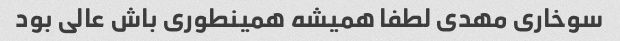
سوخاری مهدی لطفا همیشه همینطوری باش عالی بود